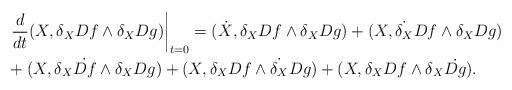
LaTeX: \begin{align*}& \left .\frac{d}{d t}(X,\delta_X Df \wedge \delta_X Dg) \right |_{t=0} = (\dot X, \delta_X Df \wedge \delta_X Dg) + (X, \dot{\delta_X} Df \wedge \delta_X Dg) \\ &+( X, \delta_X \dot{Df} \wedge \delta_X Dg)+( X, \delta_X {Df} \wedge \dot{\delta_X} Dg)+( X, \delta_X {Df} \wedge \delta_X \dot{Dg}).\end{align*}